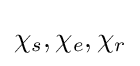
\chi _{s},\chi _{e},\chi _{r}